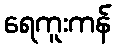
ရေကူးကန်